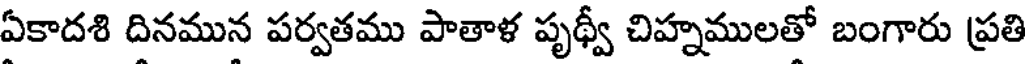
ఏకాదశి దినమున పర్వతము పాతాళ పృథ్వీ చిహ్నములతో బంగారు ప్రతి